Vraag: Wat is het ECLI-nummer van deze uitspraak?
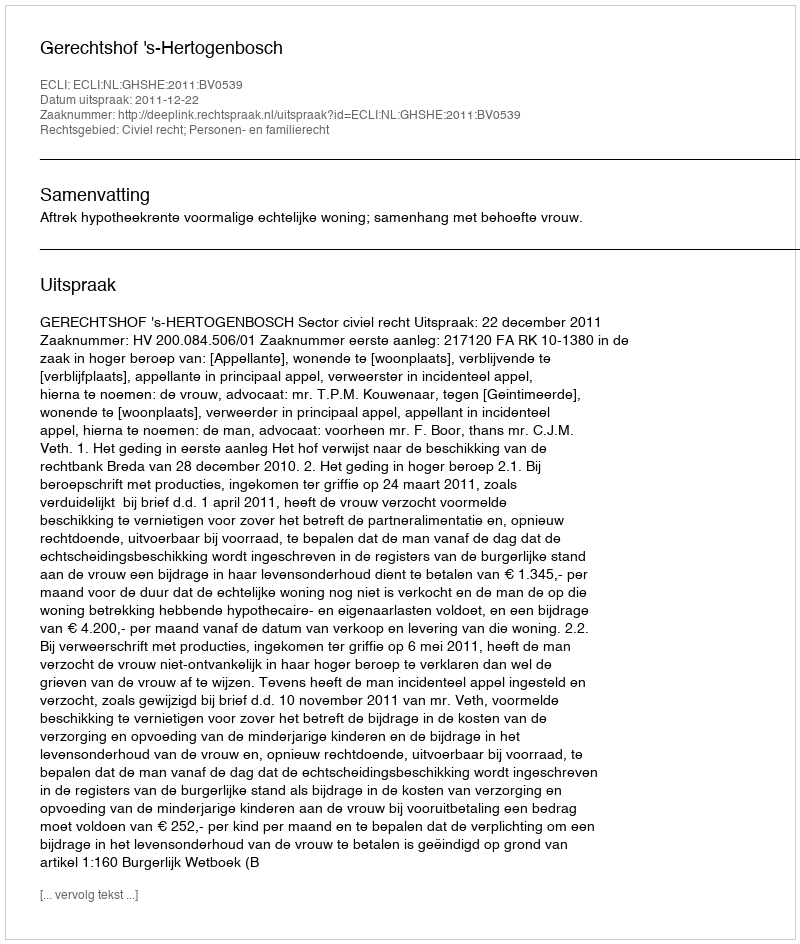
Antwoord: ECLI:NL:GHSHE:2011:BV0539